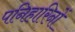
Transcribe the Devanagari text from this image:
पनिहारिनों